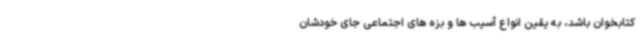
کتابخوان باشد، به یقین انواع آسیب ها و بزه های اجتماعی جای خودشان